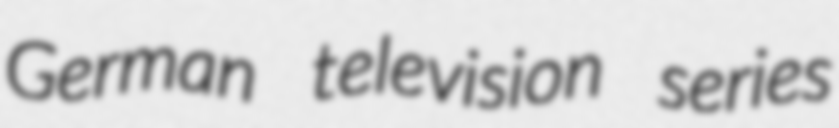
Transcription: German television series